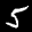
Label: 5